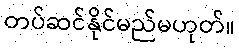
တပ်ဆင်နိုင်မည်မဟုတ်။